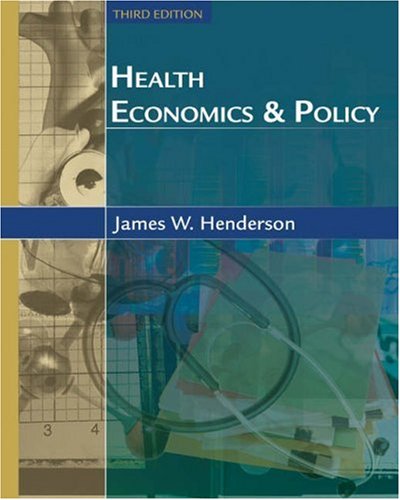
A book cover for Health Economics and Policy with Economic Applications; James W. Henderson; Medical Books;